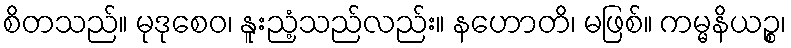
စိတသည်။ မုဒုစေဝ၊ နူးညံ့သည်လည်း။ နဟောတိ၊ မဖြစ်။ ကမ္မနိယဉ္စ၊